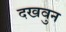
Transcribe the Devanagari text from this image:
दखवुन